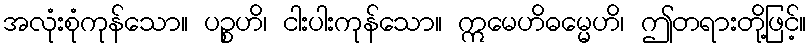
အလုံးစုံကုန်သော။ ပဉ္စဟိ၊ ငါးပါးကုန်သော။ ဣမေဟိဓမ္မေဟိ၊ ဤတရားတို့ဖြင့်။